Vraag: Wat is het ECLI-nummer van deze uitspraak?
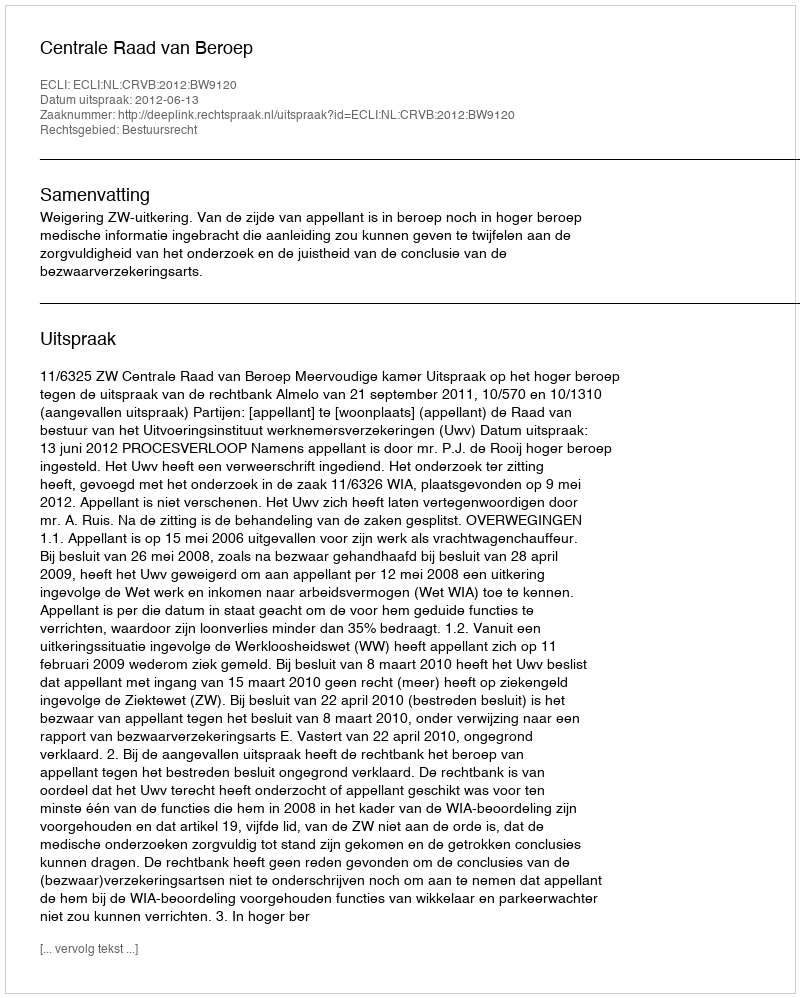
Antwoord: ECLI:NL:CRVB:2012:BW9120